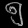
Digit: ၅